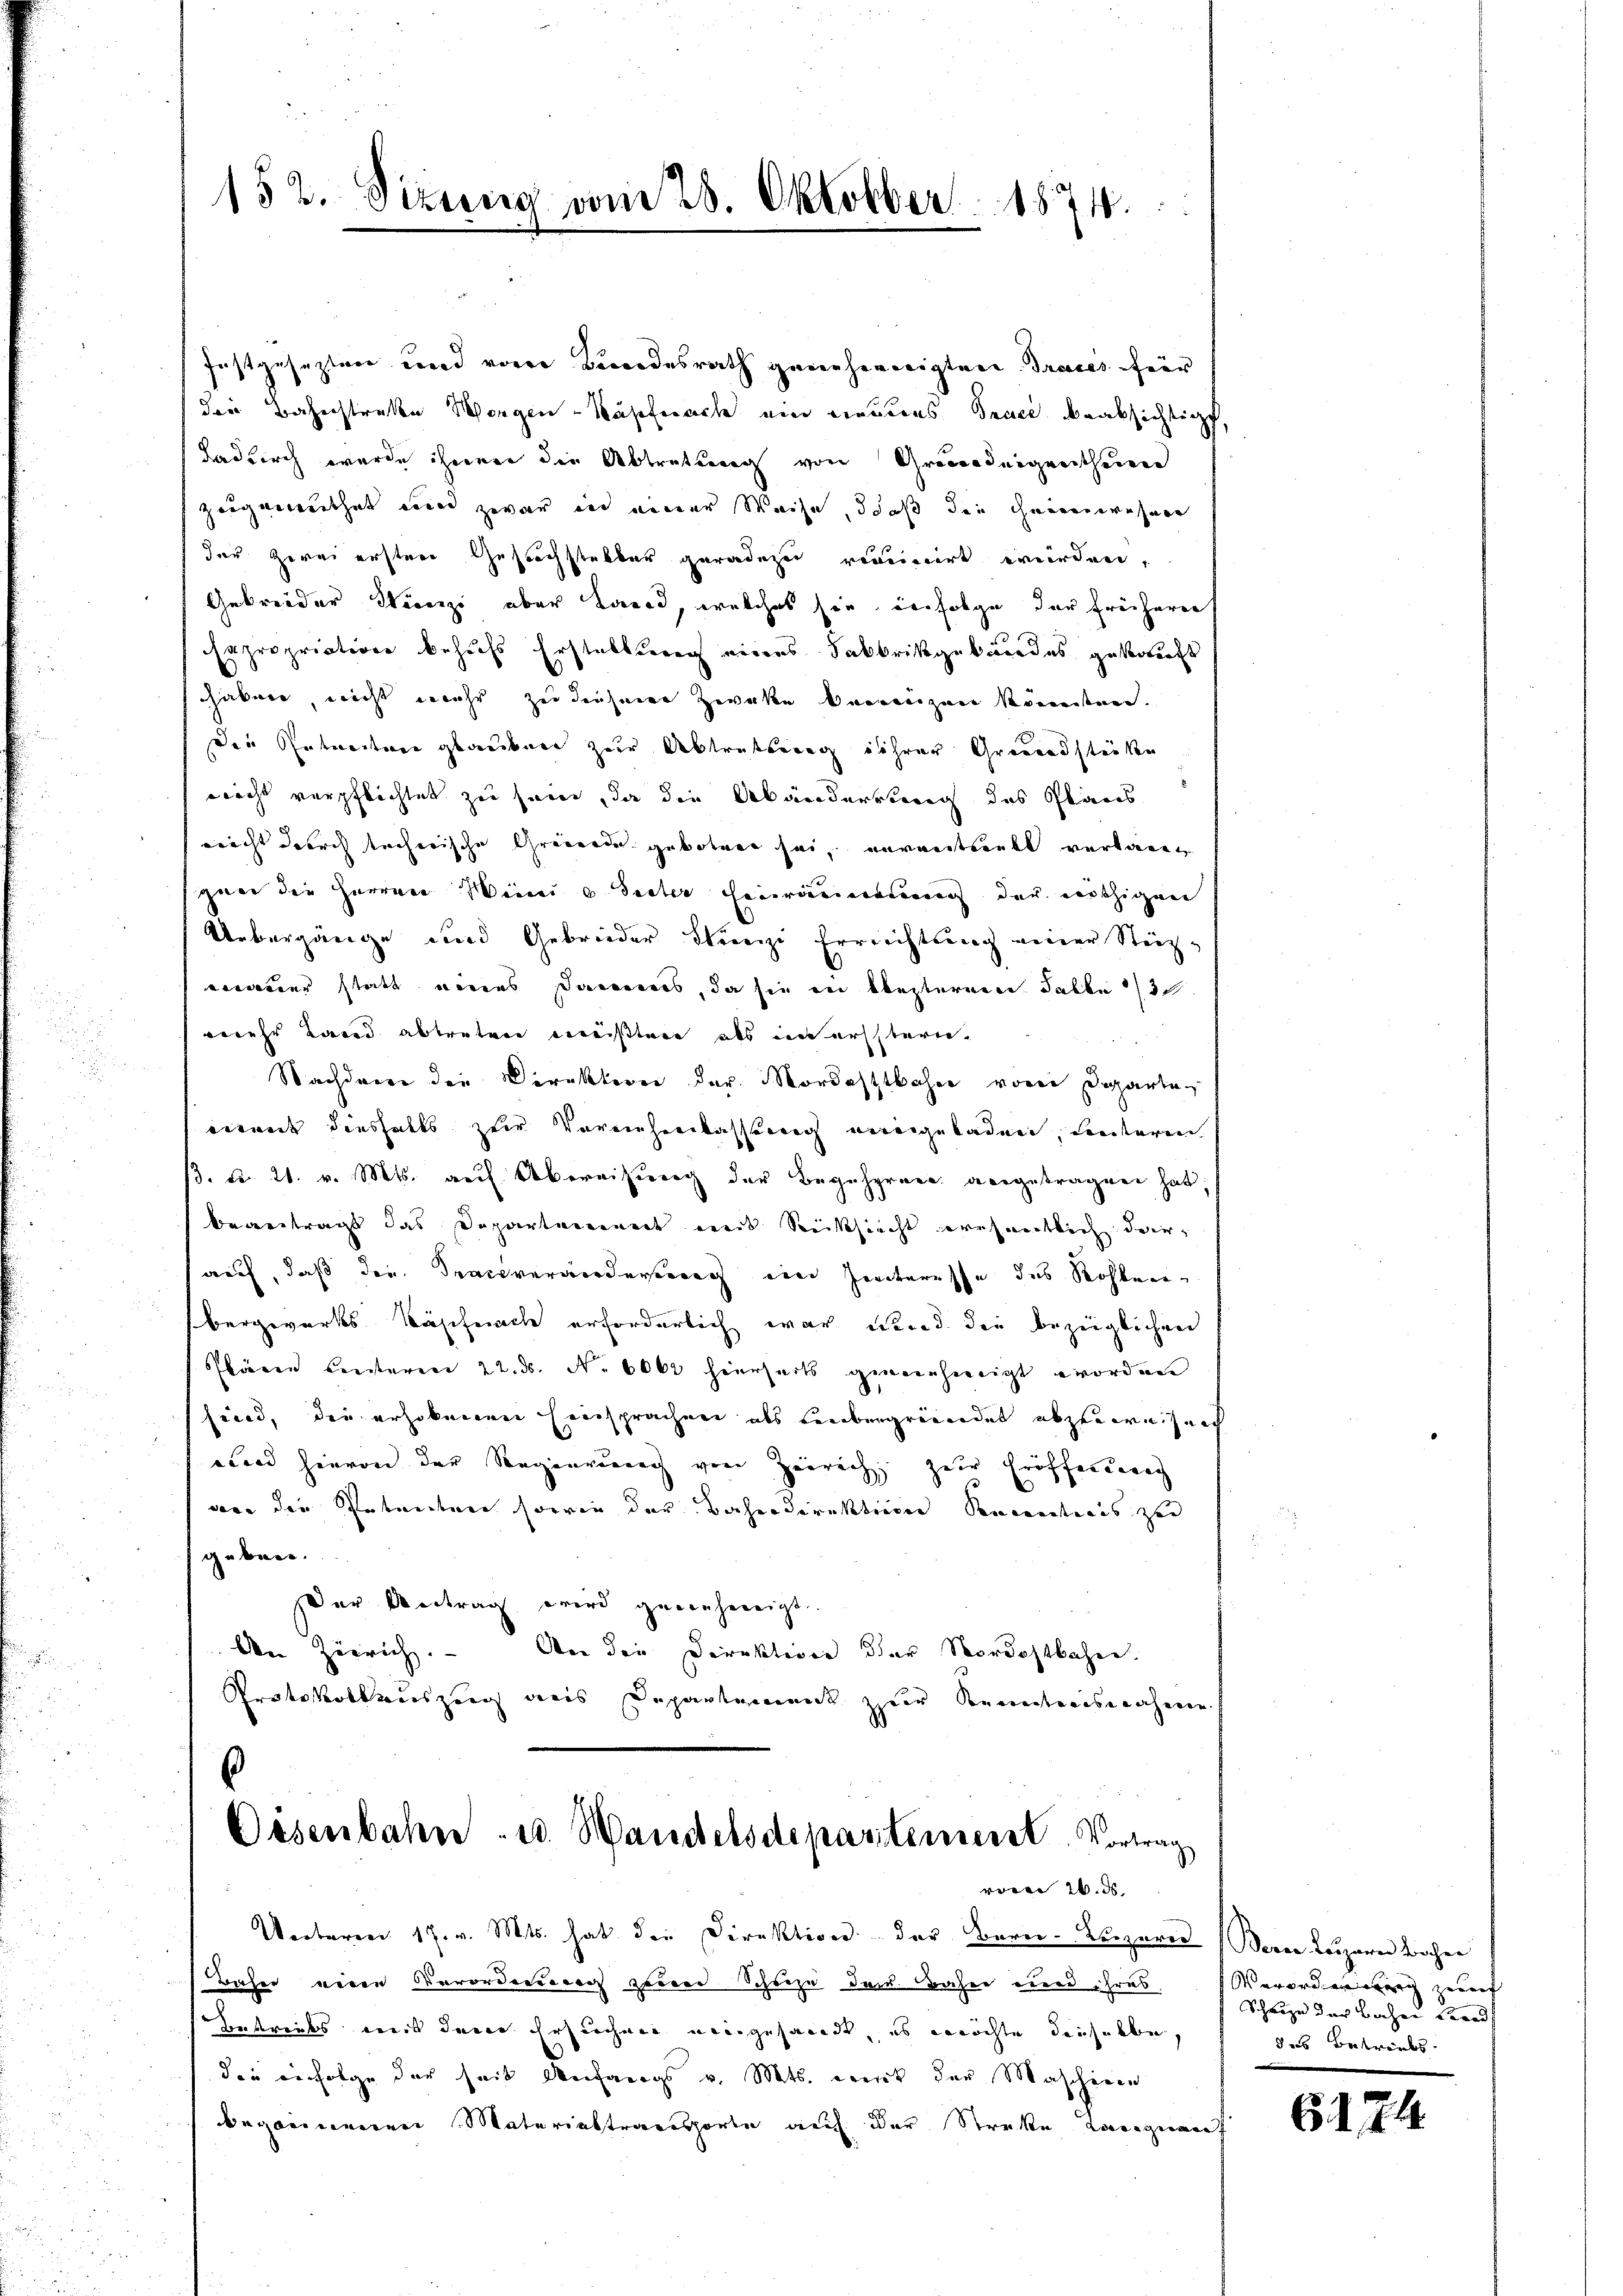
152. Sizung vom 28. Oktobber 1874.
e

festgeseztere und vorer Brodesrath geseheneigten Traces für
der Bahnstreke Morgen Nähernach ein neuens Trace beabsichtigt,
Ladurch wurde ihnen die Abtretung von Grundeigentheien
zeigenenthet wenn zwar in einer Weise, daß die Generwehner
der Zerni ersten Gesuchstabbar geradezen reminirt werden,
Gebreider Stünzi aber Land, welches sie infolge der früherer
sapropriation behufs Erstellung eines Sabbrikgebäudes gekauft
haben, nicht mehr zu diesem Zweken begrenzen könendenen.
Die Antanton glauben zur Abtretung ihrer Grundstücken
nicht verpflichtet zu sein, da die Abänderrung des Planes
ericht durch techerische Greberde gebotenen sei, verantreult verlang
gan die Herrner Weini e Seiter hieraubung der nöthigen
Uebergänge und Gebrüder Stünzi Erreichtung einer Steig-
verner statt eines Dannes, da sie in besternen Falle 13
wehr Land abtreten meistere als interssterie-
Nachdenke die Direktion der Mordostbahne von Departen
dient diesfalls zur Vereichenkassereich meingebaden, Leuteren
B. d. 21. v. Mts. auf Übereisung der Begehrung angetragen hat,
beantragt das Departennert weit Rücksicht wesentlich darauf, daß die Sachverworderung eine Zeiteresse des Rohlen
bergwerks Käpfnach erforderlich war wird der bezeiglichen
Pläne Leisteren 22. ds. No 6000 hierseits genehmigt worden
heid, die erhobenen Einsprachen als venbergründet abzuweisen
aband hievon der Regierung von Zeirich zur Eröffendung
vone die Petenten sowie der Bahndirektionen Sencanateaus zur
geben.
Der Antrag wird genehmigt.
den Zürich. An der Direktion der Nordostbahn.
Protokollsauszug des Departement zur Kenntnisnahmen
¬
Eisenbahn - u. Handelsdeparteniesst. Vortrag
vre d
Unteren 17. v. Mts. hat die Direktion der Bern. Bezerer Berne Luzern Bachen
Bahre veren Verordensrer zweier Schreze der Bahn und ihres Verordenweg zenaf
Eintreiks mit dene Ersuchen neingesandt, es möchte derselbe,
die infolge der seit Anfangs v. Mts. mit der Mascheren
begonnenen Materialtransporte auf der Streke Langnant

Schause der Bachen Ford
des Betriebs

6174